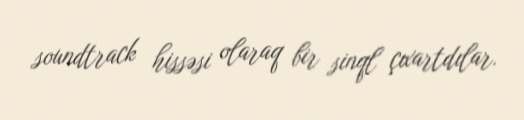
soundtrack hissəsi olaraq bir sinql çıxartdılar.